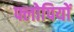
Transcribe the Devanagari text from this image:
फ्लोपियों